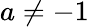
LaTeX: a\neq-1